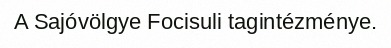
A Sajóvölgye Focisuli tagintézménye.